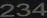
234